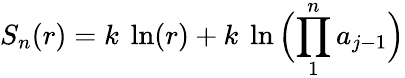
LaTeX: S_{n}(r)=k\ \ln(r)+k\ \ln\Big({\prod_{1}^{n}a_{j-1}}\Big)